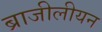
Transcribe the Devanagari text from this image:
ब्राजीलीयन